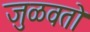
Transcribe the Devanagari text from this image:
जुळवतो